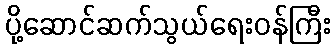
ပို့ဆောင်ဆက်သွယ်ရေးဝန်ကြီး